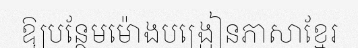
ឱ្យបន្ថែមម៉ោងបង្រៀនភាសាខ្មែរ